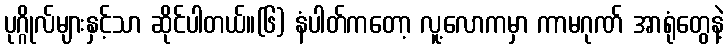
ပုဂ္ဂိုလ်များနှင့်သာ ဆိုင်ပါတယ်။(၆) နံပါတ်ကတော့ လူ့လောကမှာ ကာမဂုဏ် အာရုံတွေနဲ့